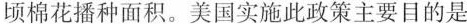
顷棉花播种面积。美国实施此政策主要目的是